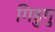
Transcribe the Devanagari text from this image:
गिडुगु